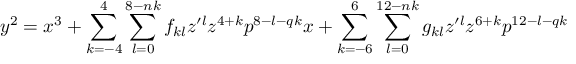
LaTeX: y ^ { 2 } = x ^ { 3 } + \sum _ { k = - 4 } ^ { 4 } \sum _ { l = 0 } ^ { 8 - n k } f _ { k l } z ^ { \prime l } z ^ { 4 + k } p ^ { 8 - l - q k } x + \sum _ { k = - 6 } ^ { 6 } \sum _ { l = 0 } ^ { 1 2 - n k } g _ { k l } z ^ { \prime l } z ^ { 6 + k } p ^ { 1 2 - l - q k }